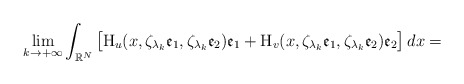
\begin{align*} \lim_{k\to +\infty}\int_{\mathbb{R}^{N}} \big[\mathrm{H}_{u}(x, \zeta_{\lambda_{k}}\mathfrak{e}_1, \zeta_{\lambda_{k}}\mathfrak{e}_2 )\mathfrak{e}_1+\mathrm{H}_{v}(x, \zeta_{\lambda_{k}}\mathfrak{e}_1, \zeta_{\lambda_{k}}\mathfrak{e}_2 )\mathfrak{e}_2\big]\,dx= \end{align*}